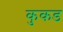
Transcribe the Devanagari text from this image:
कुकड